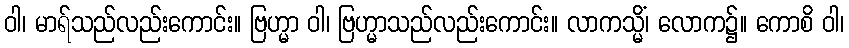
ဝါ၊ မာရ်သည်လည်းကောင်း။ ဗြဟ္မာ ဝါ၊ ဗြဟ္မာသည်လည်းကောင်း။ လာကသ္မိံ၊ လောက၌။ ကောစိ ဝါ၊